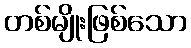
တစ်မျိုးဖြစ်သော